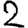
Digit: 2